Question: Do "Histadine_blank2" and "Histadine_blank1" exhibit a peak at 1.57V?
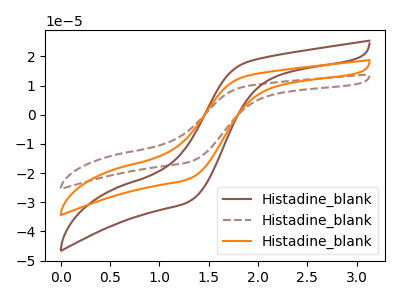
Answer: <think>The brown curve "Histadine_blank1" has no peaks. The brown dashed curve "Histadine_blank2" has no peaks. The orange curve "Histadine_blank3" has no peaks.</think>
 <answer>No, "Histadine_blank2" and "Histadine_blank1" dont share a peak at 1.57V.</answer>
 <eval>mismatch</eval>